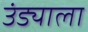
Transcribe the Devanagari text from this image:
उंड्याला